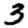
Digit: 3